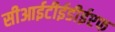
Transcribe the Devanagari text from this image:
सीआईटीईडीईएफ